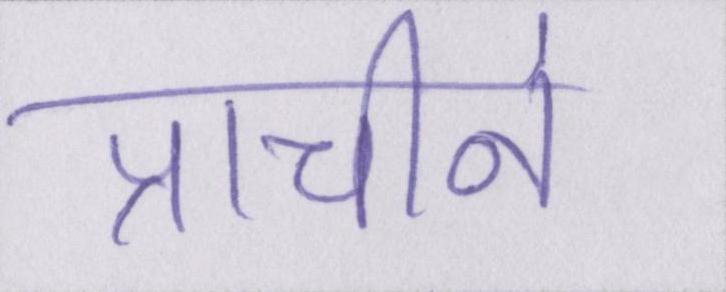
प्राचीनं